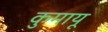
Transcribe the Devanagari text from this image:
कुमायू